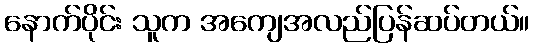
နောက်ပိုင်း သူက အကျေအလည်ပြန်ဆပ်တယ်။